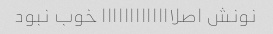
نونش اصلااااااااااااا خوب نبود